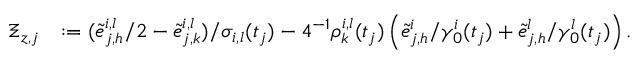
\begin{array} { r l } { \Xi _ { z , j } } & { : = ( \tilde { e } _ { j , h } ^ { i , l } / 2 - \tilde { e } _ { j , k } ^ { i , l } ) / \sigma _ { i , l } ( t _ { j } ) - 4 ^ { - 1 } \rho _ { k } ^ { i , l } ( t _ { j } ) \left( \tilde { e } _ { j , h } ^ { i } / \gamma _ { 0 } ^ { i } ( t _ { j } ) + \tilde { e } _ { j , h } ^ { l } / \gamma _ { 0 } ^ { l } ( t _ { j } ) \right) . } \end{array}